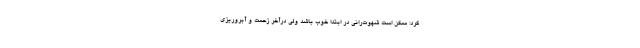
کرد: ممکن است شهوت‌رانی در ابتدا خوب باشد ولی درآخر زحمت و آبروریزی